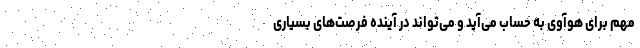
مهم برای هوآوی به حساب می‌آید و می‌تواند در آینده فرصت‌های بسیاری